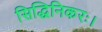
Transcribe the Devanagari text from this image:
सिद्धिनिकरः।